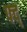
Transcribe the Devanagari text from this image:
फ्द्